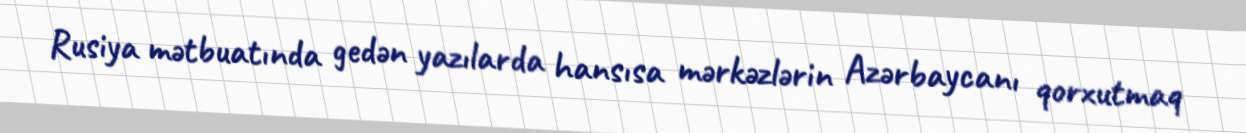
Rusiya mətbuatında gedən yazılarda hansısa mərkəzlərin Azərbaycanı qorxutmaq